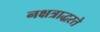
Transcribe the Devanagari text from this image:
नक्षत्राद्धरते